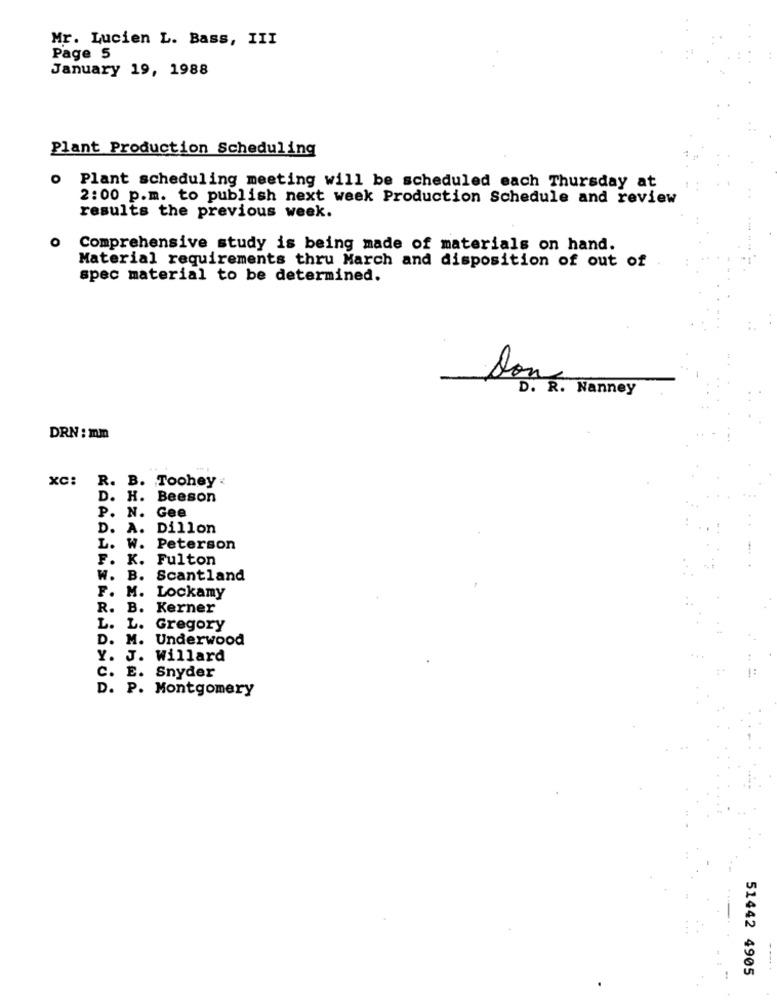
Mr. Lucien L. Bass, III
Page 5
January 19, 1988
Plant Production Scheduling
O
Plant scheduling meeting will be scheduled each Thursday at
2:00 p.m. to publish next week Production Schedule and review
results the previous week.
o
Comprehensive study is being made of materials on hand.
Material requirements thru March and disposition of out of
spec material to be determined.
-
Don
D. R. Nanney
DRN : mm
XC: R. B. Toohey
D. H. Beeson
P. N. Gee
D. A.
Dillon
L. W.
Peterson
F. K.
Fulton
W. B.
Scantland
F. M.
Lockamy
R. B.
Kerner
L.
L.
Gregory
D. M. Underwood
Y. J.
Willard
C. E.
Snyder
D .
P. Montgomery
51442 4905